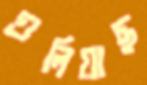
গুলিয়াছ